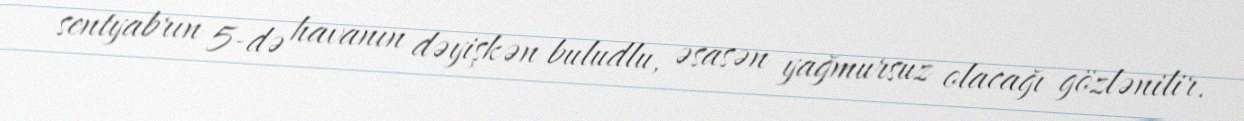
sentyabrın 5-də havanın dəyişkən buludlu, əsasən yağmursuz olacağı gözlənilir.